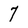
Character: 7